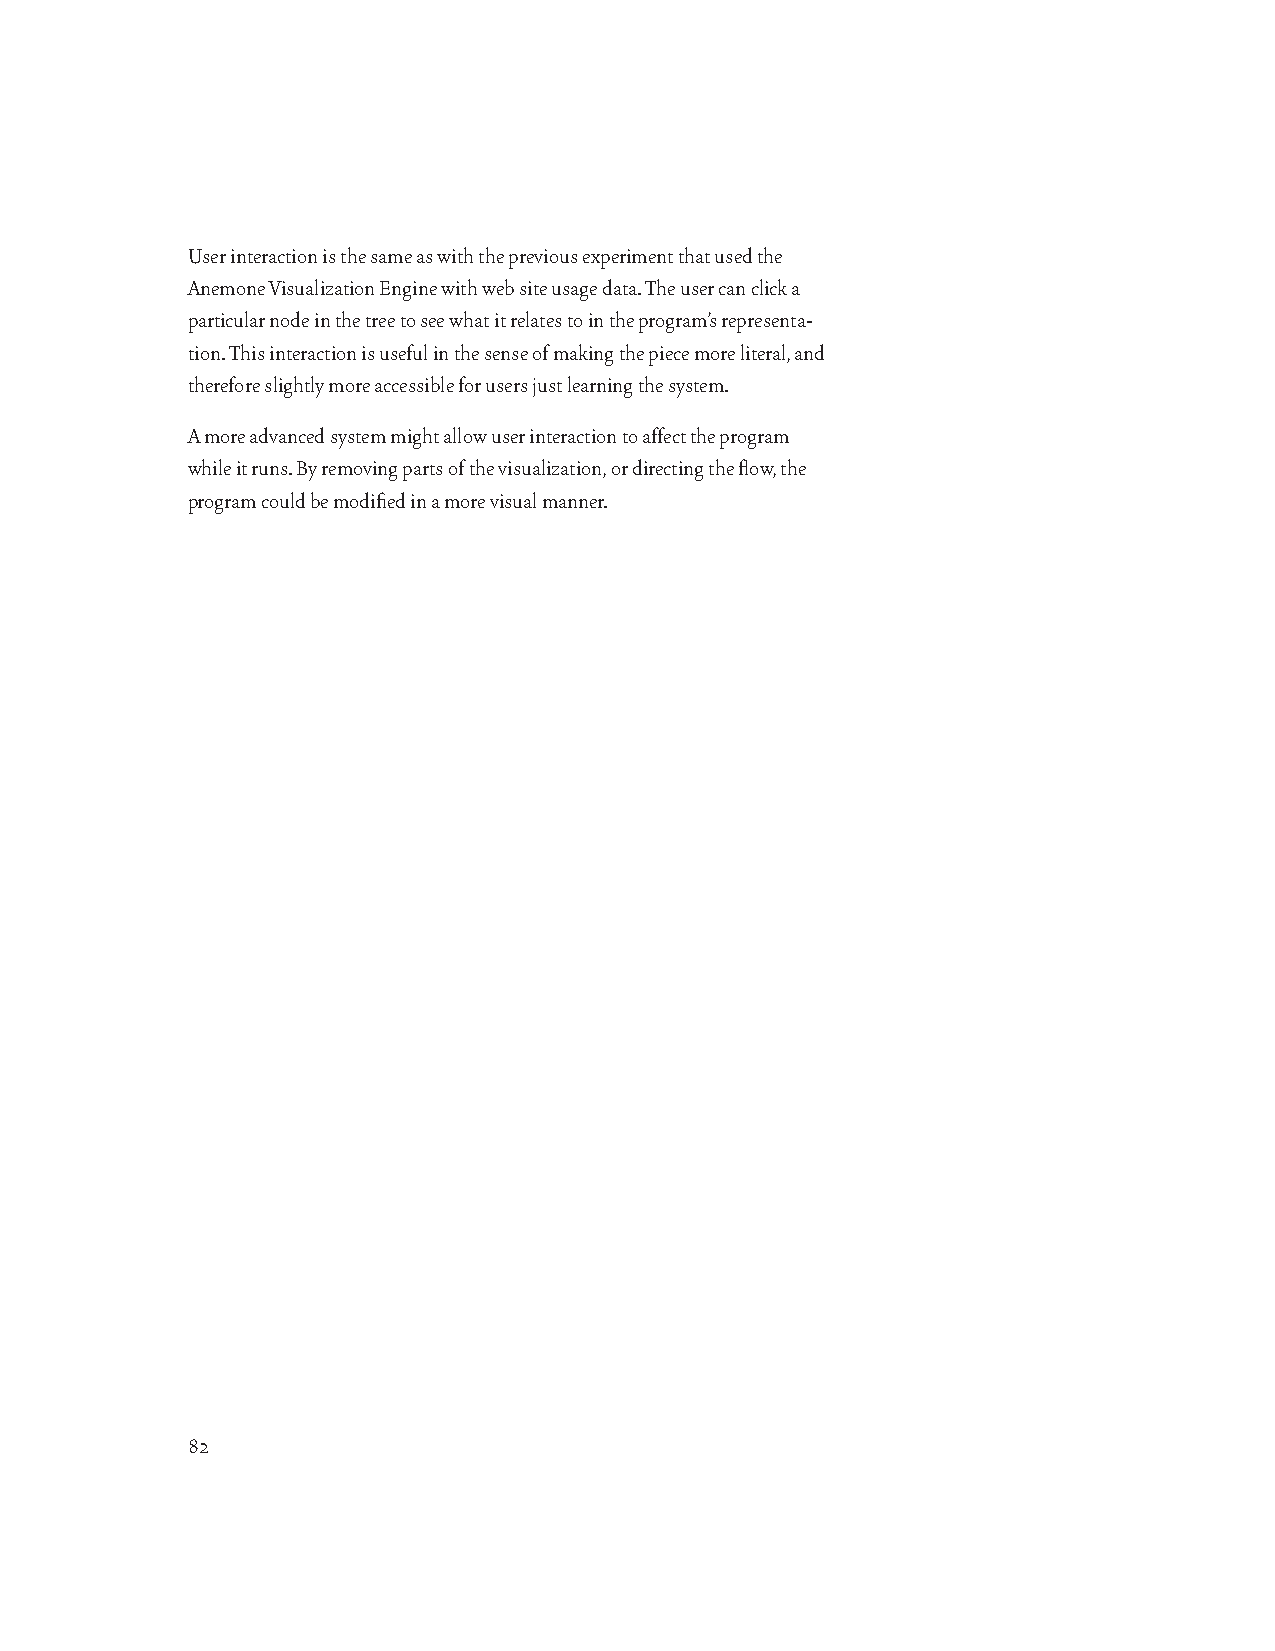
User interaction is the same as with the previous experiment that used the
 Anemone Visualization Engine with web site usage data. The user can click a
 particular node in the tree to see what it relates to in the program’s representa-
 tion. This interaction is useful in the sense of making the piece more literal, and
 therefore slightly more accessible for users just learning the system.
 A more advanced system might allow user interaction to affect the program
 while it runs. By removing parts of the visualization, or directing the flow, the
 program could be modified in a more visual manner.
 82